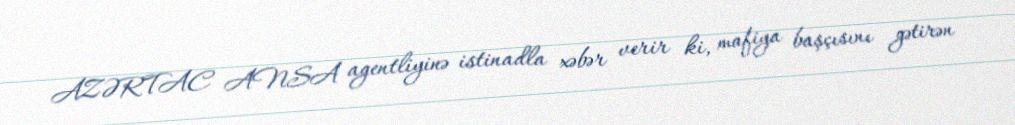
AZƏRTAC ANSA agentliyinə istinadla xəbər verir ki, mafiya başçısını gətirən